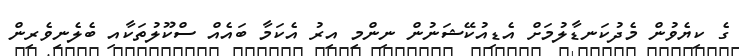
ގެ ކިޔެވުން މެދުކަނޑާލުމަށް އެޑިއުކޭޝަނުން ނިންމި އިރު އެކަމާ ބައެއް ސްކޫލުތަކާއި ބެލެނިވެރިން